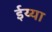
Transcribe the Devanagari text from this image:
ईय्या